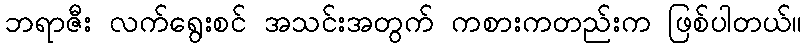
ဘရာဇီး လက်ရွေးစင် အသင်းအတွက် ကစားကတည်းက ဖြစ်ပါတယ်။